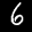
Label: 6